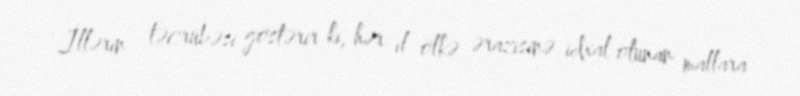
İllərin təcrübəsi göstərir ki, hər il ölkə ərazisinə idxal olunan mallara